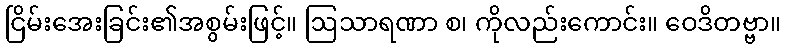
ငြိမ်းအေးခြင်း၏အစွမ်းဖြင့်။ ဩသာရဏာ စ၊ ကိုလည်းကောင်း။ ဝေဒိတဗ္ဗာ။